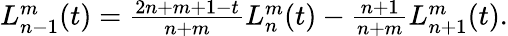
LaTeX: \begin{array}{r}{L_{n-1}^{m}(t)=\frac{2n+m+1-t}{n+m}L_{n}^{m}(t)-\frac{n+1}{n+m}L_{n+1}^{m}(t).}\end{array}